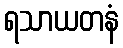
ရသာယတနံ